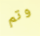
وتم